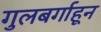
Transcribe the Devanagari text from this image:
गुलबर्गाहून